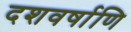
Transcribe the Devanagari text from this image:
दशवर्षाणि